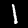
Digit: 1